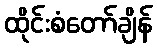
ထိုင်းစံတော်ချိန်